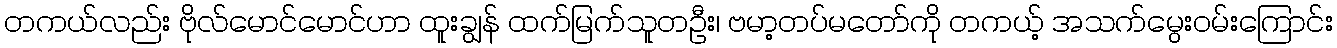
တကယ်လည်း ဗိုလ်မောင်မောင်ဟာ ထူးချွန် ထက်မြက်သူတဦး၊ ဗမာ့တပ်မတော်ကို တကယ့် အသက်မွေးဝမ်းကြောင်း